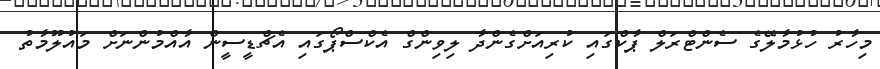
މިހާރު ހުޅުމާލޭގެ ސެންޓްރަލް ޕާކްގައި ކުރިއަށްގެންދާ ލިވިންގް އެކްސްޕޯގައި އެޗްޑީސީން އާއްމުންނަށް މައުލޫމާތު